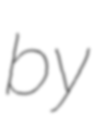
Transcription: by